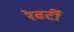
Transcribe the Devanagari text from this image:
रेबर्टी